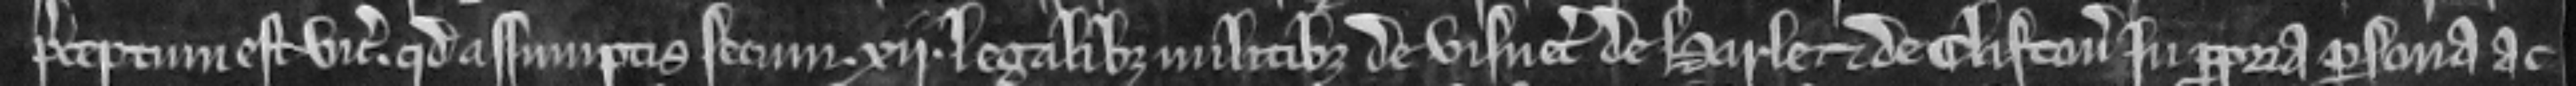
preceptum est vicecomiti. quod assumptis secum xii legalibus militibus de visneto de Harle et de Clifton in propria persona ac